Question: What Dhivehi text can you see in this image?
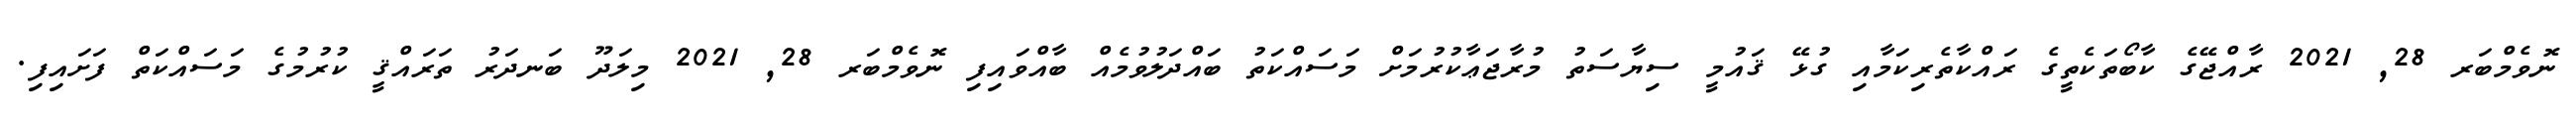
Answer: ނޮވެމްބަރ 28, 2021 ރާއްޖޭގެ ކާބޯތަކެތީގެ ރައްކާތެރިކަމާއި ގުޅޭ ޤައުމީ ސިޔާސަތު މުރާޖަޢާކުރުމަށް މަސައްކަތު ބައްދަލުވުމެއް ބާއްވައިފި ނޮވެމްބަރ 28, 2021 މިލަދޫ ބަނދަރު ތަރައްޤީ ކުރުމުގެ މަސައްކަތް ފަށައިފި.